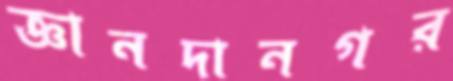
জ্ঞানদানগর